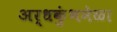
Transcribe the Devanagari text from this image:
अर्धकुंभमेळा